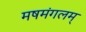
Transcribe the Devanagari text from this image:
मषमंगलम्